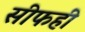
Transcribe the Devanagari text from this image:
सीफहीं